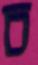
চ